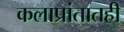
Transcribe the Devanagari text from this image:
कलाप्रांतातही